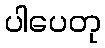
ပါပေတု